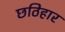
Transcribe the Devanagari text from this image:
छठिहार